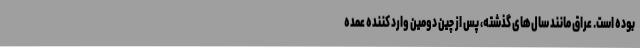
بوده است. عراق مانند سال‌های گذشته، پس از چین دومین وارد کننده عمده